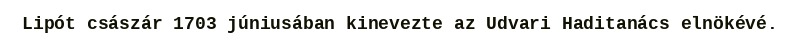
Lipót császár 1703 júniusában kinevezte az Udvari Haditanács elnökévé.